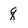
Character: q